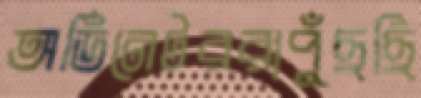
অর্ডিনেটররাপুঁছছি